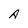
Character: A